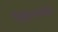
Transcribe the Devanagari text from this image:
मिझोराममधील